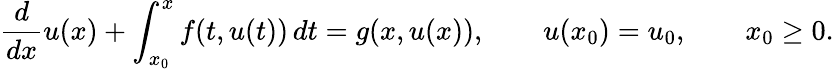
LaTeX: {\frac{d}{dx}}u(x)+\int_{x_{0}}^{x}f(t,u(t))\, dt=g(x,u(x)),\qquad u(x_{0})=u_{0},\qquad x_{0}\geq 0.